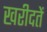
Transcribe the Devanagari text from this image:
खरीदतें